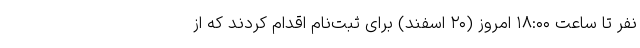
نفر تا ساعت ۱۸:۰۰ امروز (۲۰ اسفند) برای ثبت‌نام اقدام کردند که از